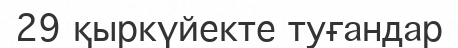
29 қыркүйекте туғандар